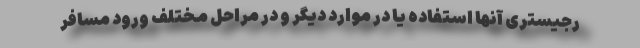
رجیستری آنها استفاده یا در موارد دیگر و در مراحل مختلف ورود مسافر